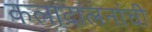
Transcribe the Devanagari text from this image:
कलादालनांची